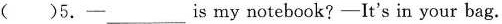
( )5.— ___ is my notebook? —It's in your bag.